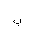
Letter: _ba